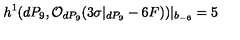
h ^ { 1 } ( d P _ { 9 } , { \cal O } _ { d P _ { 9 } } ( 3 \sigma | _ { d P _ { 9 } } - 6 F ) ) | _ { b _ { - 6 } } = 5